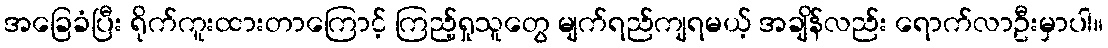
အခြေခံပြီး ရိုက်ကူးထားတာကြောင့် ကြည့်ရှုသူတွေ မျက်ရည်ကျရမယ့် အချိန်လည်း ရောက်လာဦးမှာပါ။